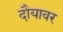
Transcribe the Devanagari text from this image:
दौयावर